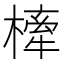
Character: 㯠